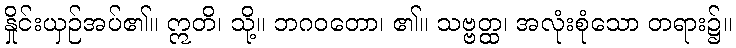
နှိုင်းယှဉ်အပ်၏။ ဣတိ၊ သို့။ ဘဂဝတော၊ ၏။ သဗ္ဗတ္ထ၊ အလုံးစုံသော တရား၌။